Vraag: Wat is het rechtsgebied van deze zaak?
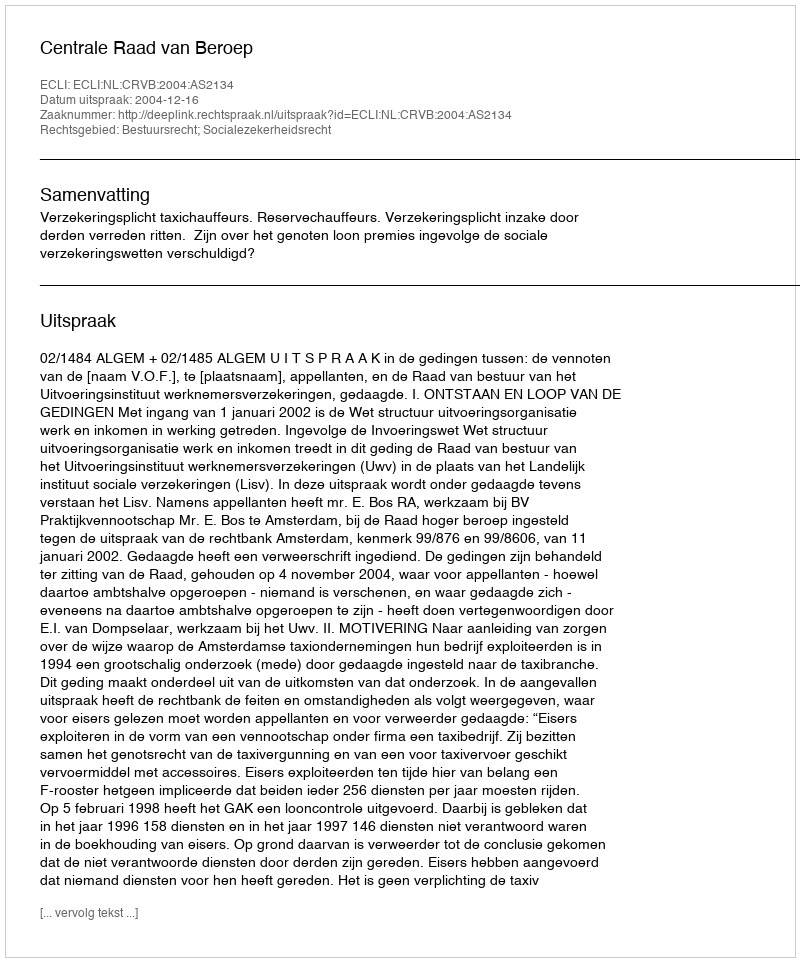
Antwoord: Bestuursrecht; Socialezekerheidsrecht